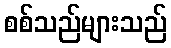
စစ်သည်များသည်